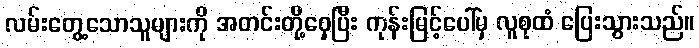
လမ်းတွေ့သောသူများကို အတင်းတို့ဝှေ့ပြီး ကုန်းမြင့်ပေါ်မှ လူစုထံ ပြေးသွားသည်။